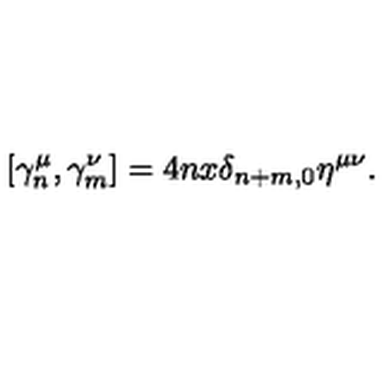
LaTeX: [ \gamma _ { n } ^ { \mu } , \gamma _ { m } ^ { \nu } ] = 4 n x \delta _ { n + m , 0 } \eta ^ { \mu \nu } .